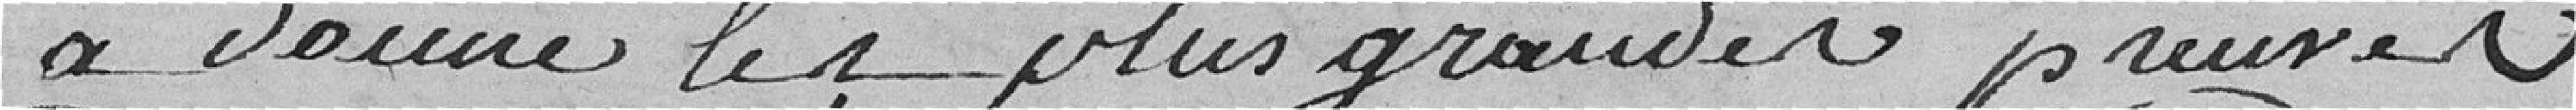
a donné les plus grandes preuves